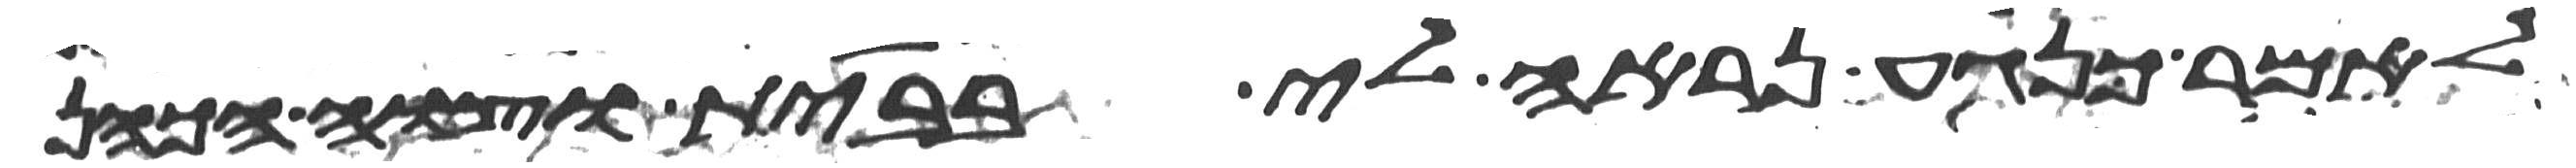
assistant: לאמר כנגע נראה לי בבית וצוה הכהן